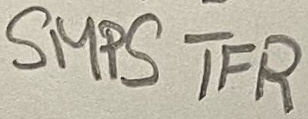
Text: SMPS TFR